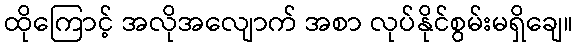
ထိုကြောင့် အလိုအလျောက် အစာ လုပ်နိုင်စွမ်းမရှိချေ။